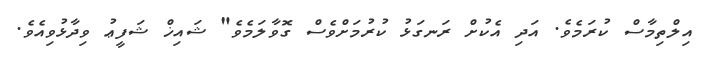
އިލްތިމާސް ކުރަމެވެ. އަދި އެކުށް ރަނގަޅު ކުރުމަށްވެސް ގޮވާލަމެވެ" ޝައިޚް ޝަފީޢު ވިދާޅުވިއެވެ.